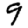
Digit: 9